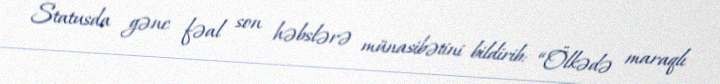
Statusda gənc fəal son həbslərə münasibətini bildirib: “Ölkədə maraqlı